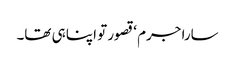
سارا جرم ‘ قصور تو اپنا ہی تھا۔